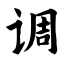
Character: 调